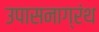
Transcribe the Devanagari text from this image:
उपासनाग्रंथ